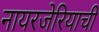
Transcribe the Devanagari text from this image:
नायरजेरियाची